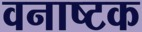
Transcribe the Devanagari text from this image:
वनाष्टक